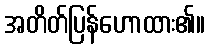
အတိတ်ပြန်ဟောထား၏။